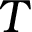
T